Leaving Certificate Examination, 1905
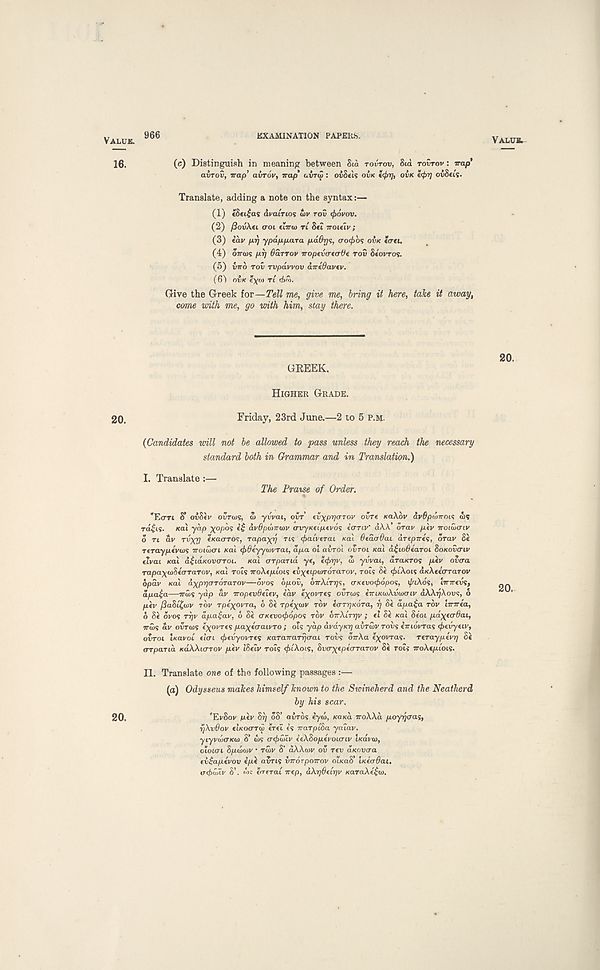
VALUE.
966
EXAMINATION PAPERS.
VALUE.
16.
(c) Distinguish in meaning between Sia TOVTOV, Sid TOVTOV : wap*
avrov, trap’ avrov, trap' uiniZ : ovSets OVK tcfar], OVK
oiSeis.
Translate, adding a note on the syntax:—
(1) (8ei£ai dvcurios iiv rov <f>6vov.
(2) fiovXti uoi thru) rt Stl iToiiiv;
(3) idv prj ypap. par a. p.dOT]<;, croifrbs OVK tcrtl.
(4) OTTOJS pi] 6 dr rov iroptvcrto-Oe rov Seovros.
(5) viro rov rvpdwov drredavfv.
(6 s ) OVK iyu) rt d>f?>.
Give the Greek for—Tell me, give me, bring it here, take it away,
come with me, go with him, slay there.
GEEEK.
20.
HIGHER GRADE.
20.
Friday, 23rd June.—2 to 5 P.M.
(Candidates mil not be allowed to pass unless they reach the necessary
standard both in Grammar and in Translation.)
I. Translate :—
The Praise of Order.
*Eo-rt 8* oiSev OUTCOS, at yvvai, ovr tv^pgcrrov ovre KaXbv dvflpoWot? is
rd£is. /ecu yap ^opo? e£ dvOftot-atv (rvyKfiptvos icrriv’ dAA. orav piv rroiataiv
o n dv rvxj/ l/eacrTCK, rapaxg TIS (faivcrai Kal OedaOai drepTres, orav 8e
r(Tayp(v<ti<; TTOIUMTI /cat <f>deyywvrai, dpa ot avrol ovroi KO! d£io6earoi SoKovcriv
etvai Kat d^iaKOvaroi. Kal (TTpand ye, eefygv, i yvvai, dra/cros pev overa
TapaxioStcrrarov, /cat rots •7roA.ep.tois ei^eiptordrarov, rots Si </>i\ois d/cAec'errarov
opav Kat axpr/o-rorarov—or os bpoii, OTrAtrps, (TKevoifopos, i/aAos, Imrevs,
apa£a—TTUIS yap dv iropevOeiev, ear e^orres ovrtos eiriKwXvoxTiv dAA^Aoos, o
piv (2aSi£u>v rbv rpe^orra, o 8e rpe'^cuv ror eo-rrjKora, rj Si dpa£a rov bnrea,
6 8e oros rgv dpa£av, d Si aKevoiftopos rov dirXir-gv ; el Se Kai Se'ot pdxe<r6ai,
Tris «v OVTCDS tyovres paxecraivro; oh yap dvdyKt] avrutv rovs imovras efevyuv,
ovroi tKavot ee’ert c^euyorres Karairargcrai rovs orrXa e^ovras. reraypevg Si
errpand KaXXurrov piv ISeiv rots c^tAois, Svcrxepeararov Si rots iroXepiois.
II. Translate one of the following passages :—
(a) Odysseus makes himself known to the Swineherd and the Neatherd
by his scar.
20.
'EvSor per Sr] oS’ cords eyed, KOKO. iroXXa poyqaas,
rjXvOov eiKoerrw eret e’s rrarpiSa yatar.
ytyrcdcTKO) 8’ is o-</)itr eeXSopevoieriv iKavat,
ototert Spdtwv • rir S’ dAAcor ov rev aKovcra
ev£apevov epi avrts vrroTporrov OLKOS' iKeerOai.
criitr 8’. is errerai irep, aXr]6eir]v KaraXe^oi.